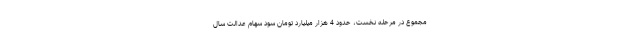
مجموع در مرحله نخست، حدود 4 هزار میلیارد تومان سود سهام عدالت سال